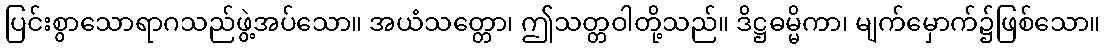
ပြင်းစွာသောရာဂသည်ဖွဲ့အပ်သော။ အယံသတ္တော၊ ဤသတ္တဝါတို့သည်။ ဒိဋ္ဌဓမ္မိကာ၊ မျက်မှောက်၌ဖြစ်သော။